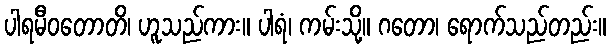
ပါရမီဝတောတိ၊ ဟူသည်ကား။ ပါရံ၊ ကမ်းသို့။ ဂတော၊ ရောက်သည်တည်း။